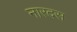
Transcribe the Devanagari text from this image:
नारदस